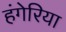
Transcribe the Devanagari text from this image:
हंगेरिया